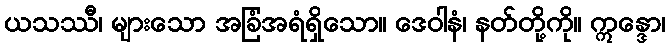
ယသဿီ၊ များသော အခြံအရံရှိသော။ ဒေဝါနံ၊ နတ်တို့ကို။ ဣန္ဒော၊